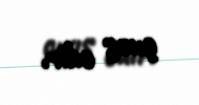
çıxış edir.